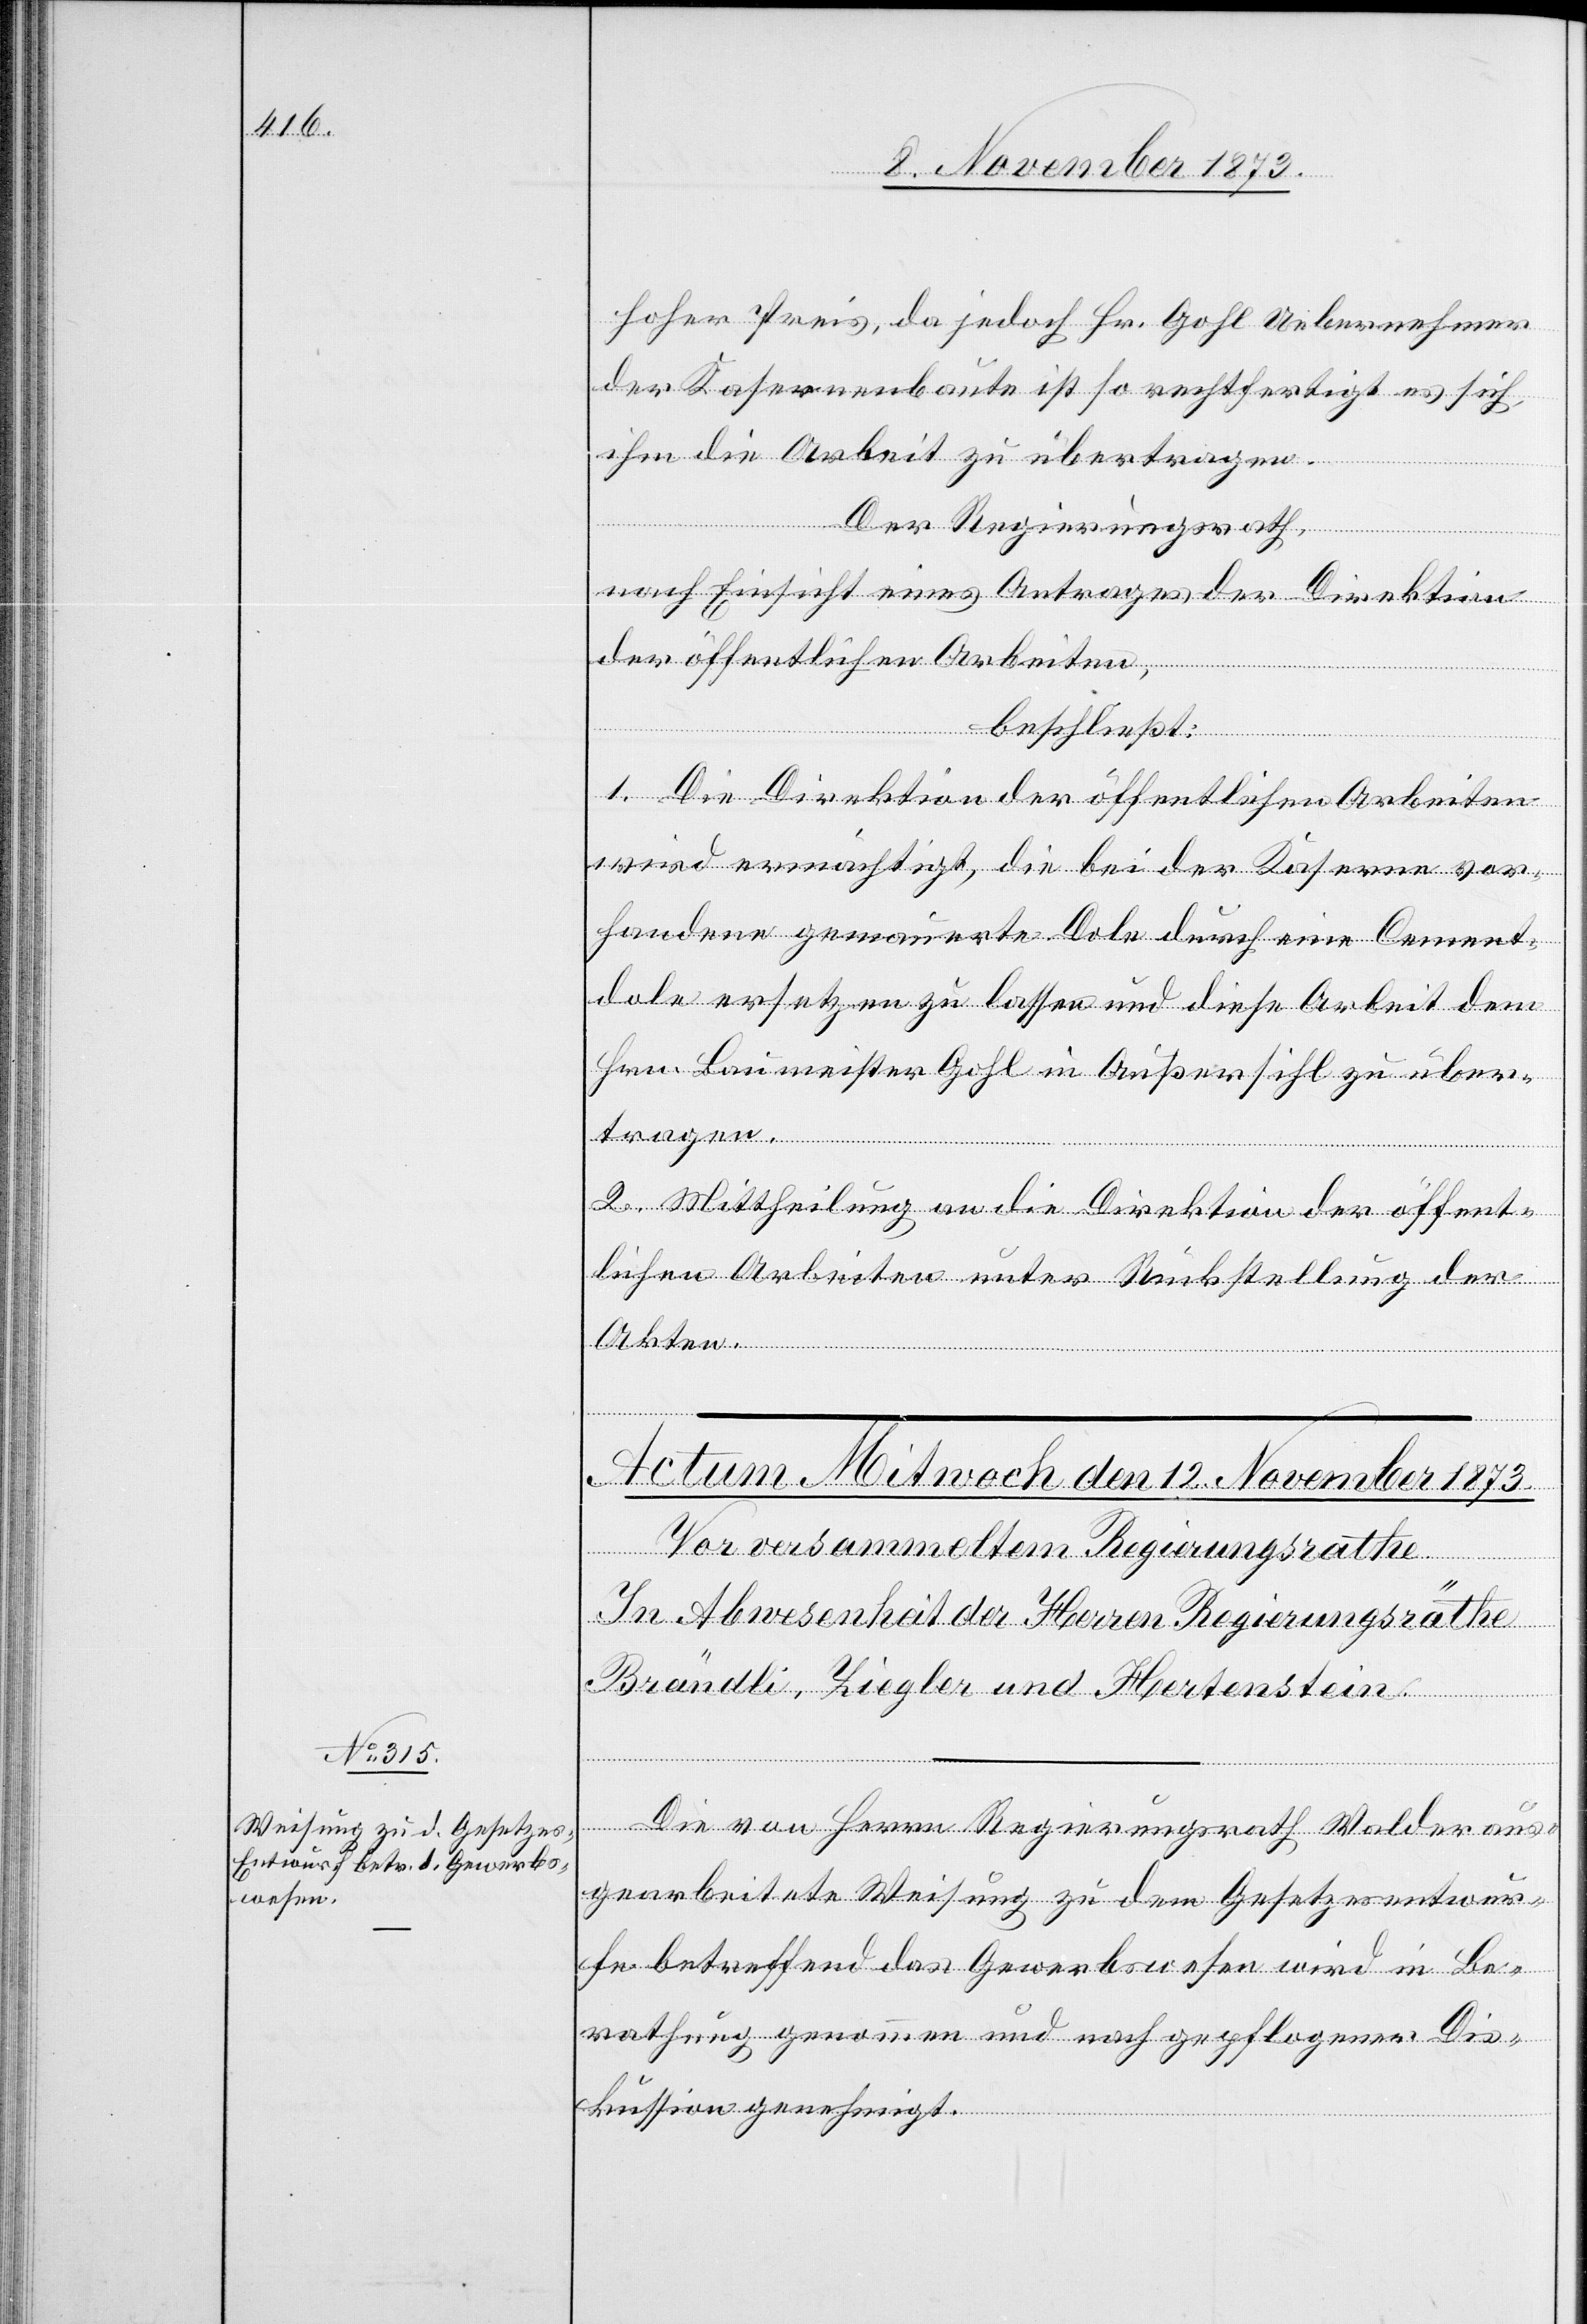
hoher Preis, da jedoch Hr. Gohl Uebernehmer
der Kasernenbaute ist so rechtfertigt es sich,
ihm die Arbeit zu übertragen.
Der Regierungsrath,
nach Einsicht eines Antrages der Direktion
der öffentlichen Arbeiten,
beschließt:
1. Die Direktion der öffentlichen Arbeiten
wird ermächtigt, die bei der Kaserne vor¬
handene gemauerte Dole durch eine Cement¬
dole ersetzen zu lassen und diese Arbeit dem
Hrn. Baumeister Gohl in Außersihl zu über¬
tragen.
2. Mittheilung an die Direktion der öffent¬
lichen Arbeiten unter Rückstellung der
Akten.
Die von Herrn Regierungsrath Walder aus¬
gearbeitete Weisung zu dem Gesetzesentwur¬
fe betreffend das Gewerbswesen wird in Be¬
rathung genommen und nach gepflogener Dis¬
kussion genehmigt.